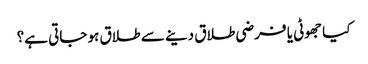
کیا جھوٹی یا فرضی طلاق دینے سے طلاق ہو جاتی ہے؟